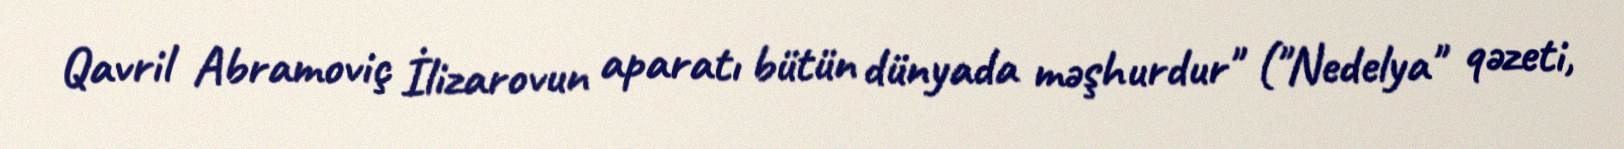
Qavril Abramoviç İlizarovun aparatı bütün dünyada məşhurdur" ("Nedelya" qəzeti,